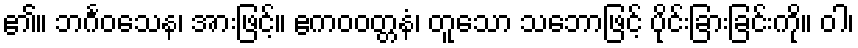
၏။ ဘင်္ဂဝသေန၊ အားဖြင့်။ ဧကဝဝတ္တနံ၊ တူသော သဘောဖြင့် ပိုင်းခြားခြင်းကို။ ဝါ၊